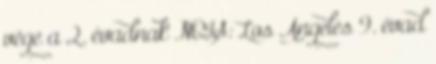
vége a 2. évadnak NCIS: Los Angeles 9. évad